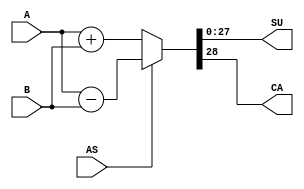
module adder
(
    input       [27:0]      A, B,
    input                   AS,
    output  reg [27:0]      SU,
    output  reg             CA
);

always @(*) begin

    if (AS == 1'b1) begin
        {CA ,SU} = A - B;
    end
    else begin
        {CA ,SU} = A + B;
    end 

end
    
endmodule //adder